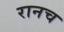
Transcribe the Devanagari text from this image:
रानच